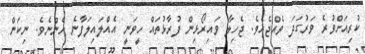
ކުރިއަށްވުރެ ވަރުގަދަ ވެއްޖެއެވެ. ޖެހިލާ ވައިރޯޅިން ފުރާޅުތައް ހީވަނީ އެއްލައިލަފާނެ ހެންނެވެ. ނިކަން